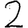
Digit: 2